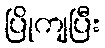
ပြိုကျပြီး